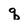
Character: q